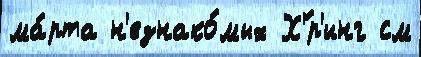
ма́рта н'езнако́мых Х'́р'инг см